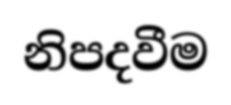
නිපදවීම